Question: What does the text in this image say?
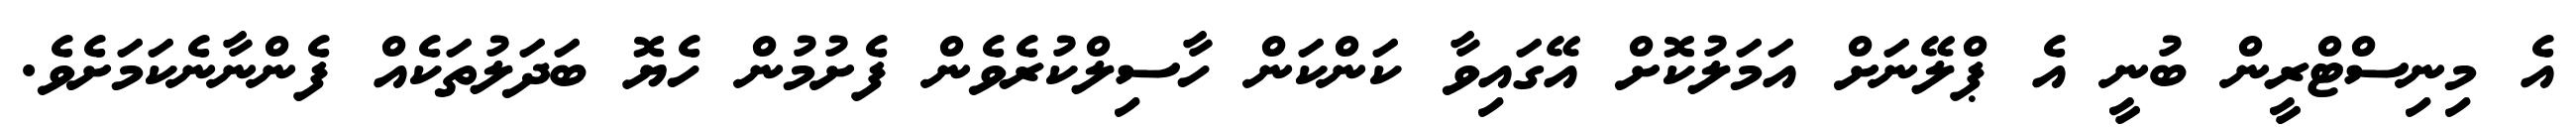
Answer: އެ މިނިސްޓްރީން ބުނީ އެ ޕްލޭނަށް އަމަލުކޮށް އޭގައިވާ ކަންކަން ހާސިލްކުރެވެން ފެށުމުން ހެޔޮ ބަދަލުތަކެއް ފެންނާނެކަމަށެވެ.